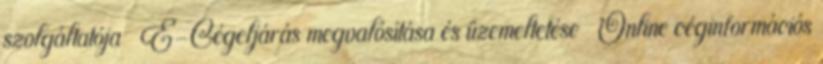
szolgáltatója  E-Cégeljárás megvalósítása és üzemeltetése  Online céginformációs